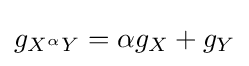
g_{X^{\alpha }Y}=\alpha g_{X}+g_{Y}